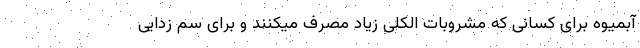
آبمیوه برای کسانی که مشروبات الکلی زیاد مصرف میکنند و برای سم زدایی